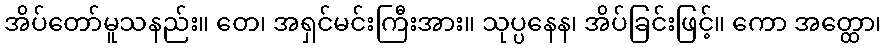
အိပ်တော်မူသနည်း။ တေ၊ အရှင်မင်းကြီးအား။ သုပ္ပနေန၊ အိပ်ခြင်းဖြင့်။ ကော အတ္ထော၊